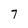
Character: 7